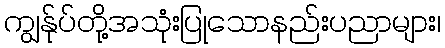
ကျွန်ုပ်တို့အသုံးပြုသောနည်းပညာများ၊